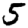
Digit: 5